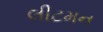
લીટમન